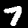
Label: 7